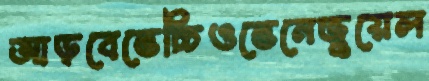
আড়বেভেচ্চিওভেনেজুয়েল